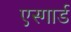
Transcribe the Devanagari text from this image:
एस्गार्ड